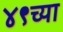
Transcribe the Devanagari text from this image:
४९च्या